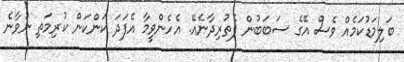
ބަލިމަޑުކަމެއް ވެސް އޭގެ ސަބަބުން ފެތުރިދާނެއޭ. އެހެންވީމާ އެފަދަ ކަންކަން ކުރިމަތި ނުވާނެ